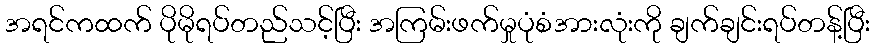
အရင်ကထက် ပိုမိုရပ်တည်သင့်ပြီး အကြမ်းဖက်မှုပုံစံအားလုံးကို ချက်ချင်းရပ်တန့်ပြီး